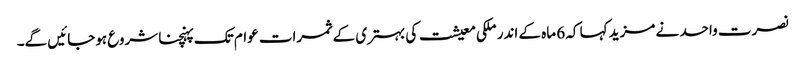
نصرت واحد نے مزید کہا کہ 6 ماہ کے اندر ملکی معیشت کی بہتری کے ثمرات عوام تک پہنچنا شروع ہوجائیں گے۔